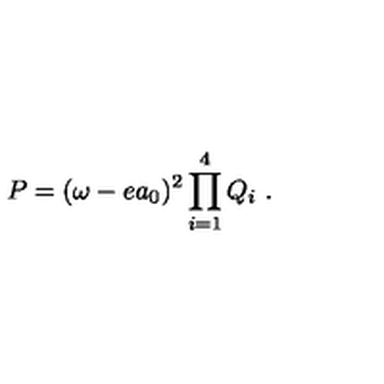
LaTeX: P = ( \omega - e a _ { 0 } ) ^ { 2 } \prod _ { i = 1 } ^ { 4 } Q _ { i } \ .